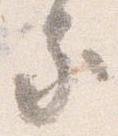
家